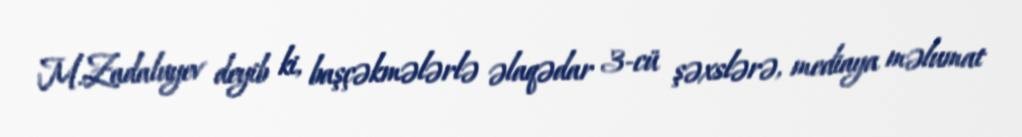
M.Zadaluyev deyib ki, başçəkmələrlə əlaqədar 3-cü şəxslərə, mediaya məlumat